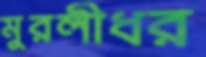
মুরলীধর